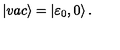
| v a c \rangle = \left| { \varepsilon } _ { 0 } , 0 \right\rangle .